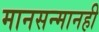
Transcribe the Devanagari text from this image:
मानसन्मानही